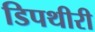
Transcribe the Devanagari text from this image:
डिपथीरी